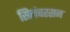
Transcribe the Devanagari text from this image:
सिलंबरसन